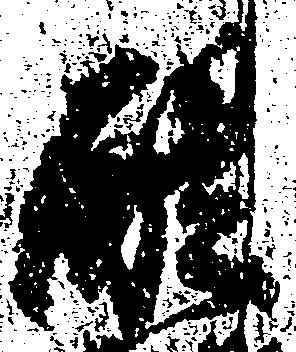
醍